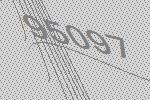
95097